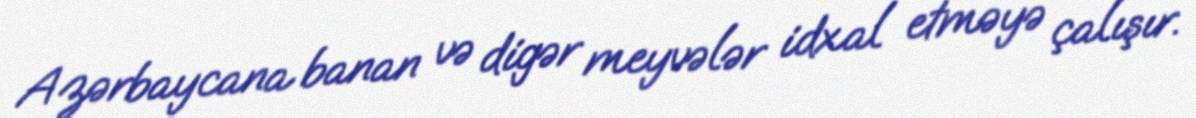
Azərbaycana banan və digər meyvələr idxal etməyə çalışır.